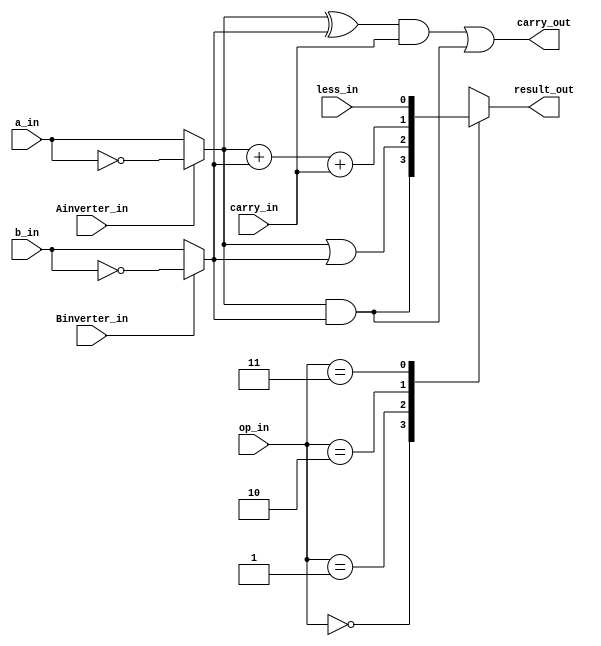
`timescale 1ns / 1ps
module ALU_1bit(
 input a_in,
 input b_in,
 input Ainverter_in,
 input Binverter_in,
 input carry_in,
 input less_in,
 input [1:0] op_in,
 output reg result_out,
 output carry_out
 );
 wire w_a;
 wire w_b;
 assign w_a = Ainverter_in ? ~a_in : a_in ;
 assign w_b = Binverter_in ? ~b_in : b_in;

 always@(*)begin
 case(op_in)
 2'b00: result_out = w_a & w_b;
 2'b01: result_out = w_a | w_b;
 2'b10: result_out = w_a + w_b + carry_in;
 2'b11: result_out = less_in;
 endcase
 end

 assign carry_out =(((w_a ^ w_b) & carry_in) | (w_a & w_b));
endmodule